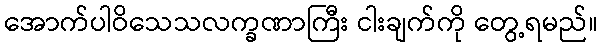
အောက်ပါဝိသေသလက္ခဏာကြီး ငါးချက်ကို တွေ့ရမည်။